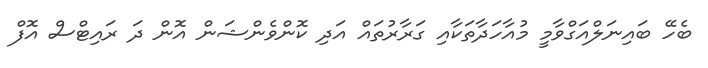
ބެހޭ ބައިނަލްއަގްވާމީ މުއާހަދާތަކާއި ގަރާރުތައް އަދި ކޮންވެންޝަން އޮން ދަ ރައިޓްސް އޮފް